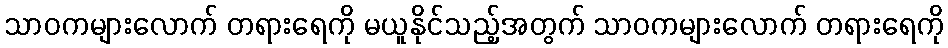
သာဝကများလောက် တရားရေကို မယူနိုင်သည့်အတွက် သာဝကများလောက် တရားရေကို